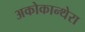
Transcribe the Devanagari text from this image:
अकोकान्थेरा